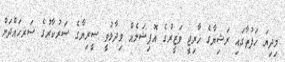
މިދިޔަ ހަފުތާގައި ރަޝިޔާގެ ހާރިޖީ ވަޒީރުގެ އޮފިޝަލެއް ވިދާޅުވީ ސީރިޔާގެ ސަރުކާރުގެ ސަރހައްދަށް